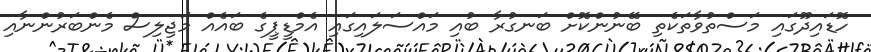
ހޮޑައިދޫގައި މަސްތުވާތަކެތި ބޭނުންކޮށް ބަނގުރާ ބުއި މައްސަލައިގައި އެމްޑީޕީގެ ބައެއް މަޖިލިސް މެންބަރުންނާއި